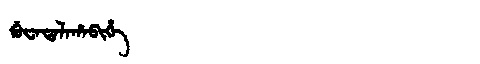
Manchu: ᡤᡠᠸᠠᡨᠠᠯᠠᡥᠠᠪᡳᡥᡝ
Romanization: GUWATALAHABIHE